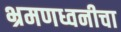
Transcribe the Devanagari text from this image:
भ्रमणध्वनीचा